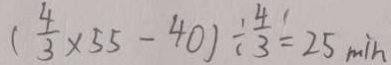
( \frac { 4 } { 3 } \times 5 5 - 4 0 ) \div \frac { 4 } { 3 } = 2 5 \min